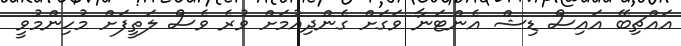
އައްޗިބޭ އައިސް ޑިޝް އެންޓަނާ ވަގަށް ގެންދިއުމަށް ވުރެ ވެސް ލަތީފަށް މުހިންމުވީ